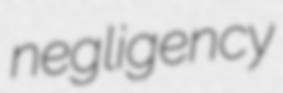
negligency